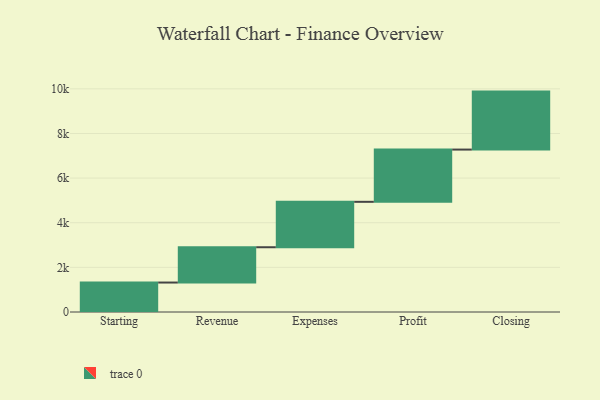
{"axis": {"x": "Step", "y": "Value"}, "legend": [""], "data": [{"x": "Starting", "y": 1320.0, "type": ""}, {"x": "Revenue", "y": 1582.0, "type": ""}, {"x": "Expenses", "y": 2035.0, "type": ""}, {"x": "Profit", "y": 2341.0, "type": ""}, {"x": "Closing", "y": 2598.0, "type": ""}]}